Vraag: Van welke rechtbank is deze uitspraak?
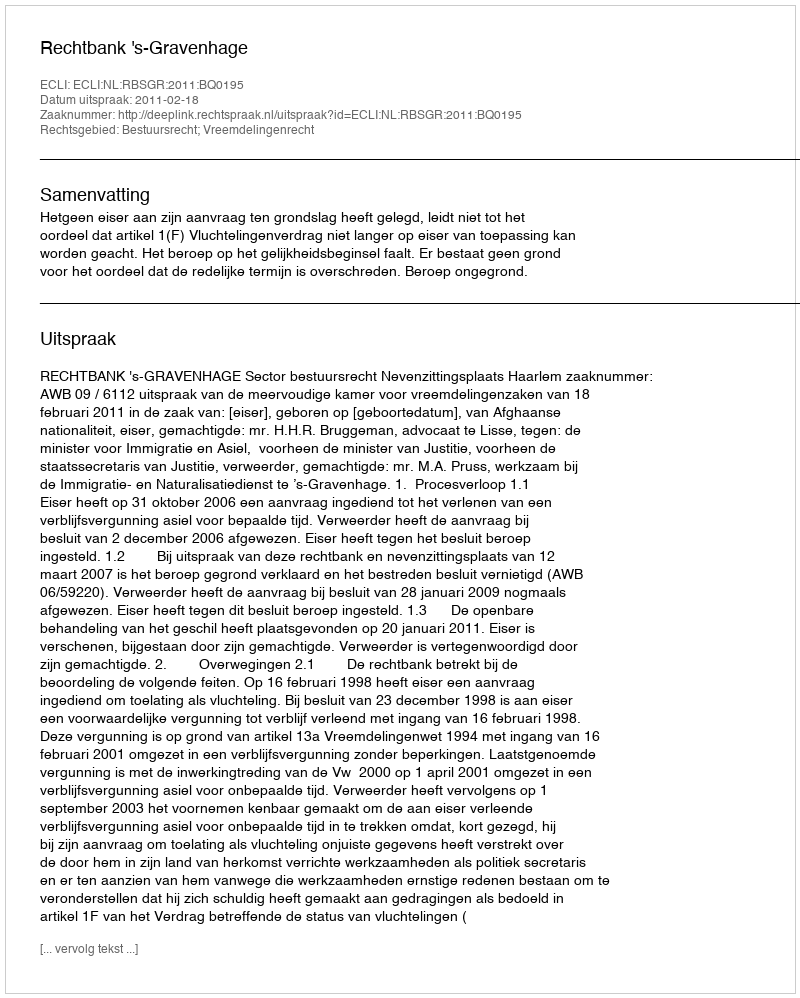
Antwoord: Rechtbank 's-Gravenhage